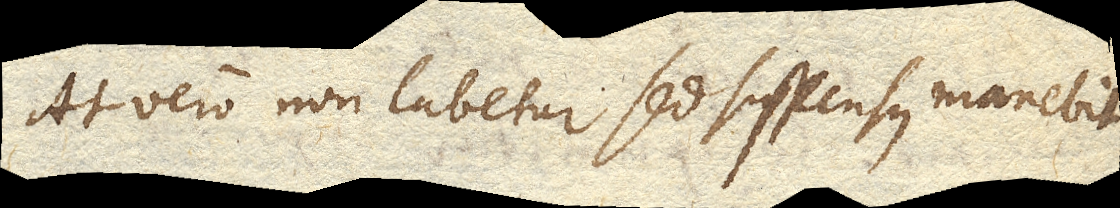
At vero non labetur sed suspensus manebit.